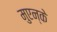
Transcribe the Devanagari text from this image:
मुएन्के